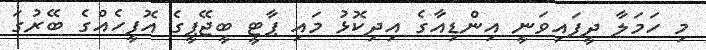
މި ހަމަލާ ދީފައިވަނީ އިންޑިއާގެ އިދިކޮޅު މައި ޕާޓީ ބީޖޭޕީގެ އޮފީހެއްގެ ބޭރުގަ